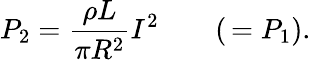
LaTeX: P_{2}=\frac{\rho L}{\pi R^{2}}I^{2}\qquad(\, =P_{1}).